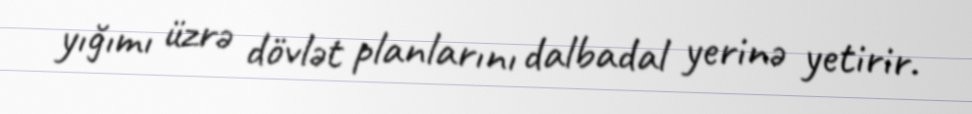
yığımı üzrə dövlət planlarını dalbadal yerinə yetirir.